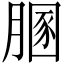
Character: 𦞢